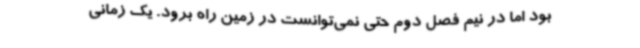
بود اما در نیم فصل دوم حتی نمی‌توانست در زمین راه برود. یک زمانی